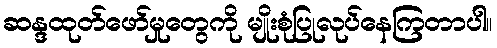
ဆန္ဒထုတ်ဖော်မှုတွေကို မျိုးစုံပြုလုပ်နေကြတာပါ။